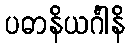
ပဓာနိယင်္ဂါနိ